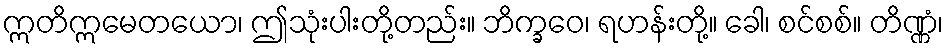
ဣတိဣမေတယော၊ ဤသုံးပါးတို့တည်း။ ဘိက္ခဝေ၊ ရဟန်းတို့။ ခေါ၊ စင်စစ်။ တိဏ္ဏံ၊